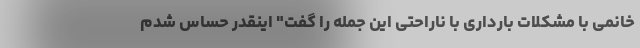
خانمی با مشکلات بارداری با ناراحتی این جمله را گفت" اینقدر حساس شدم